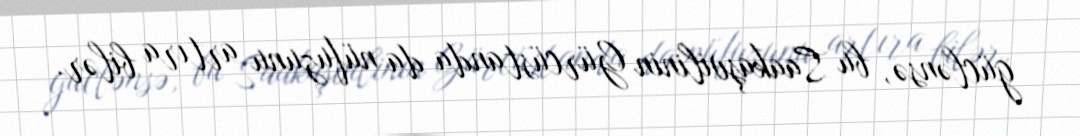
güclənsə, bu Saakaşvilinin Gürcüstanda da nüfuzunu artıra bilər.